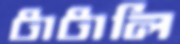
টাটালি